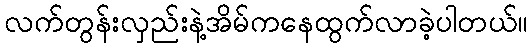
လက်တွန်းလှည်းနဲ့အိမ်ကနေထွက်လာခဲ့ပါတယ်။